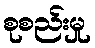
စုစည်းမှု